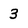
Character: 3